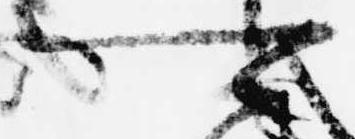
可